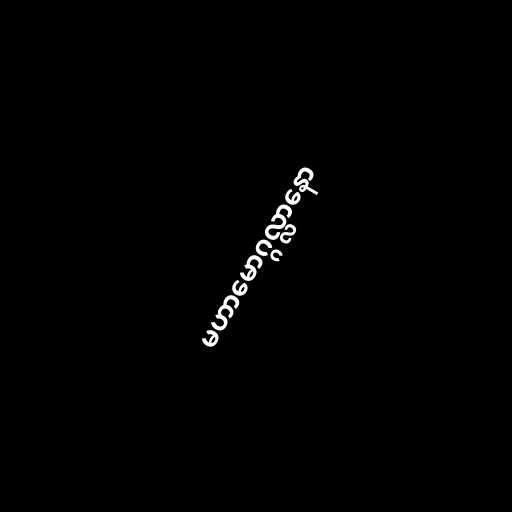
မဟာမောဂ္ဂလ္လာနော